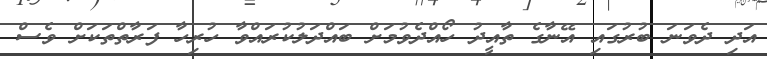
އަދި ދެވަނަ ބުރުގައި އޭނާގެ ތާއީދު ހޯއްދެވުމަށް ބައްދަލުކުރައްވާ ހުރިހާ ފަރާތްތަކަށް ވެސް